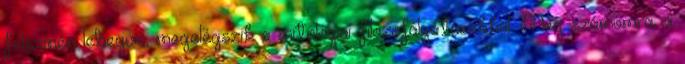
felszínén lebegve, megelégszik a mitológiai filozofálgatásokkal. Még számomra, a